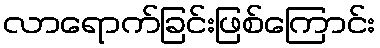
လာရောက်ခြင်းဖြစ်ကြောင်း